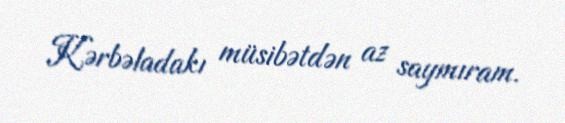
Kərbəladakı müsibətdən az saymıram.